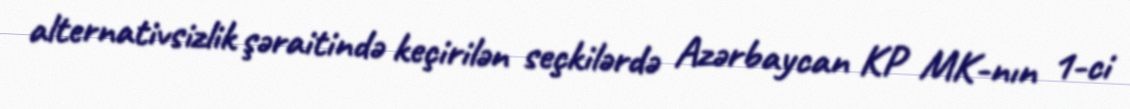
alternativsizlik şəraitində keçirilən seçkilərdə Azərbaycan KP MK-nın 1-ci